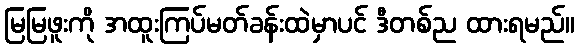
မြမြဖူးကို အထူးကြပ်မတ်ခန်းထဲမှာပင် ဒီတစ်ည ထားရမည်။